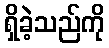
ရှိခဲ့သည်ကို